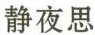
静夜思